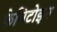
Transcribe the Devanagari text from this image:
फ़ेनिटोइन